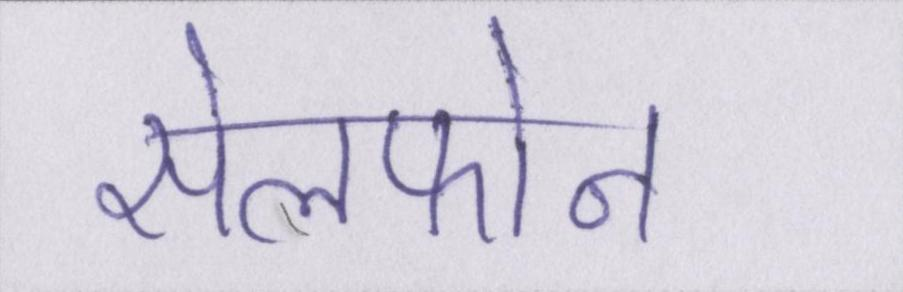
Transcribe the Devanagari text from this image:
सेलफोन